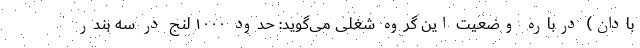
بادان) درباره وضعیت این گروه شغلی می‌گوید: حدود ۱۰۰۰ لنج در سه بندر